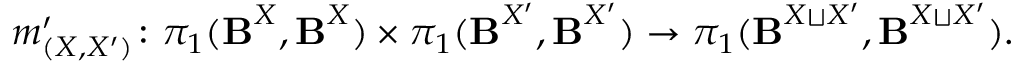
m _ { ( X , X ^ { \prime } ) } ^ { \prime } \colon \pi _ { 1 } ( { \boldsymbol { \mathbf { B } } } ^ { X } , { \boldsymbol { \mathbf { B } } } ^ { X } ) \times \pi _ { 1 } ( { \boldsymbol { \mathbf { B } } } ^ { X ^ { \prime } } , { \boldsymbol { \mathbf { B } } } ^ { X ^ { \prime } } ) \to \pi _ { 1 } ( { \boldsymbol { \mathbf { B } } } ^ { X \sqcup X ^ { \prime } } , { \boldsymbol { \mathbf { B } } } ^ { X \sqcup X ^ { \prime } } ) .